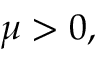
\mu > 0 ,